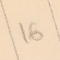
16